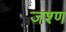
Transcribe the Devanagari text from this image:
जश्ण